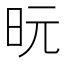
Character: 𪰈